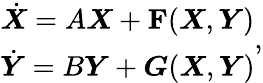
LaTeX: \begin{array}{c}{\dot{\boldsymbol{X}}=A\boldsymbol{X}+\textbf{F}(\boldsymbol{X},\boldsymbol{Y})}\\ {\dot{\boldsymbol{Y}}=B\boldsymbol{Y}+\boldsymbol{G}(\boldsymbol{X},\boldsymbol{Y})}\end{array},